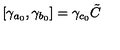
\left[ \gamma _ { a _ { 0 } } , \gamma _ { b _ { 0 } } \right] = \gamma _ { c _ { 0 } } \tilde { C }